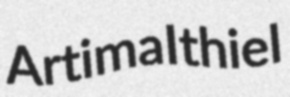
Artima Ithiel